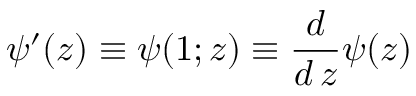
\psi ^ { \prime } ( z ) \equiv \psi ( 1 ; z ) \equiv \frac { d } { d \, z } \psi ( z )